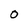
Character: 0